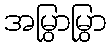
အမြွှာမြွှာ